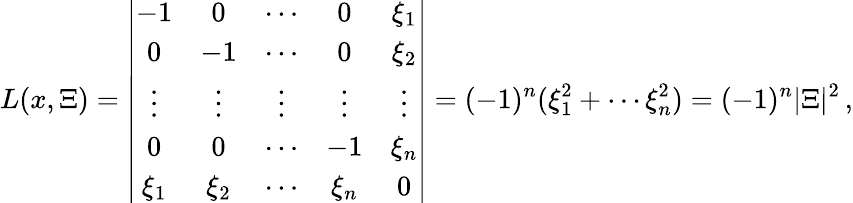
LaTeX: L(x,\Xi)=\left|\begin{array}{ccccc}{-1}&{0}&{\cdots}&{0}&{\xi_{1}}\\ {0}&{-1}&{\cdots}&{0}&{\xi_{2}}\\ {\vdots}&{\vdots}&{\vdots}&{\vdots}&{\vdots}\\ {0}&{0}&{\cdots}&{-1}&{\xi_{n}}\\ {\xi_{1}}&{\xi_{2}}&{\cdots}&{\xi_{n}}&{0}\end{array}\right|=(-1)^{n}(\xi_{1}^{2}+\cdots\xi_{n}^{2})=(-1)^{n}|\Xi|^{2}\, ,